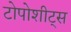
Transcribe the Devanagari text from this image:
टोपोशीट्स